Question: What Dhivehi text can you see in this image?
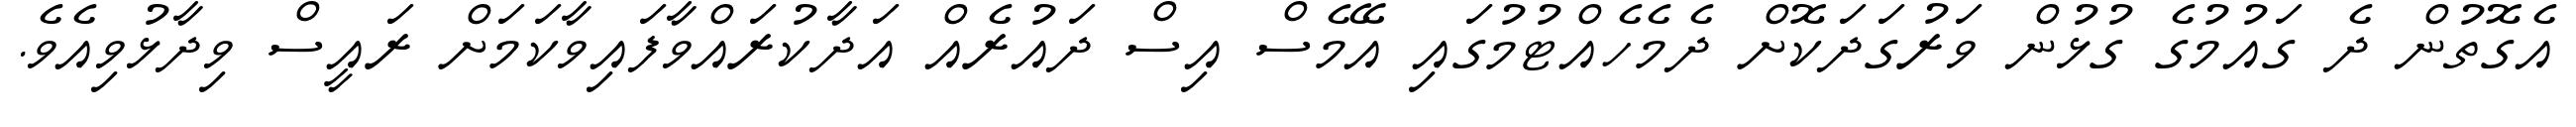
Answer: އެގޮތުން ދެ ގައުމުގެ ގުޅުން ވަރުގަދަކޮށް ދެމެހެއްޓުމުގައި އޭމެސް އިސް ދައުރެއް އަދާކުރައްވާފައިވާކަމަށް ރައީސް ވިދާޅުވިއެވެ.